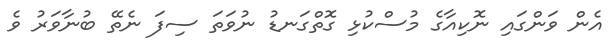
އެން ވަންގައި ނޮކިއާގެ މުސްކުޅި ގޮތްގަނޑު ނުވަތަ ސިފަ ނެތޭ ބުނާވަރު ވެ